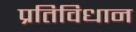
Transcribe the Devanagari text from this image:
प्रतिविधान